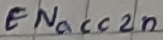
Text: ENacc2n